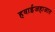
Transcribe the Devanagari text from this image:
हवाईजहाजात